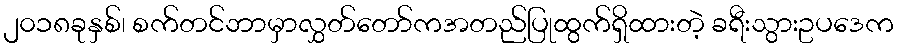
၂၀၁၈ခုနှစ်၊ စက်တင်ဘာမှာလွှတ်တော်ကအတည်ပြုထွက်ရှိထားတဲ့ ခရီးသွားဥပဒေက